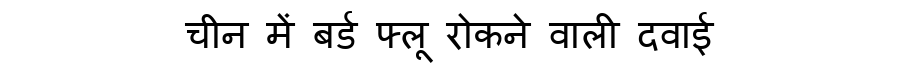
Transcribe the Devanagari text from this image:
चीन में बर्ड फ्लू रोकने वाली दवाई